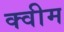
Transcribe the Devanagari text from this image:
क्वीम